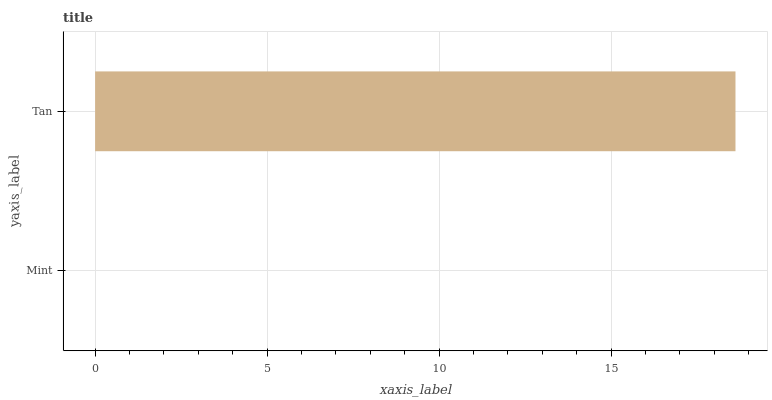
| yaxis_label | bars |
 | --- | --- |
 | Mint | 0 |
 | Tan | 18.6 |